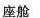
座舱